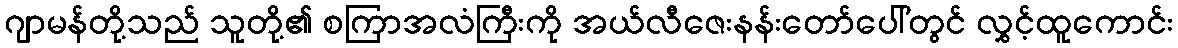
ဂျာမန်တို့သည် သူတို့၏ စကြာအလံကြီးကို အယ်လီဇေးနန်းတော်ပေါ်တွင် လွှင့်ထူကောင်း